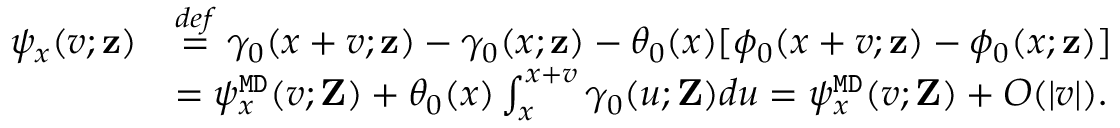
\begin{array} { r l } { \psi _ { x } ( v ; \mathbf { z } ) } & { \overset { d e f } { = } \gamma _ { 0 } ( x + v ; \mathbf { z } ) - \gamma _ { 0 } ( x ; \mathbf { z } ) - \theta _ { 0 } ( x ) [ \phi _ { 0 } ( x + v ; \mathbf { z } ) - \phi _ { 0 } ( x ; \mathbf { z } ) ] } \\ & { = \psi _ { x } ^ { \mathtt { M D } } ( v ; \mathbf { Z } ) + \theta _ { 0 } ( x ) \int _ { x } ^ { x + v } \gamma _ { 0 } ( u ; \mathbf { Z } ) d u = \psi _ { x } ^ { \mathtt { M D } } ( v ; \mathbf { Z } ) + O ( | v | ) . } \end{array}